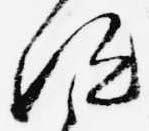
汰